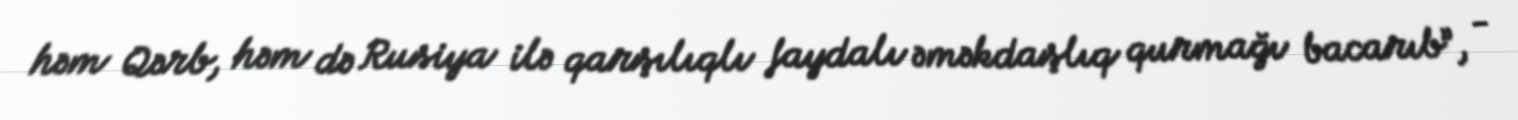
həm Qərb, həm də Rusiya ilə qarşılıqlı faydalı əməkdaşlıq qurmağı bacarıb”, -